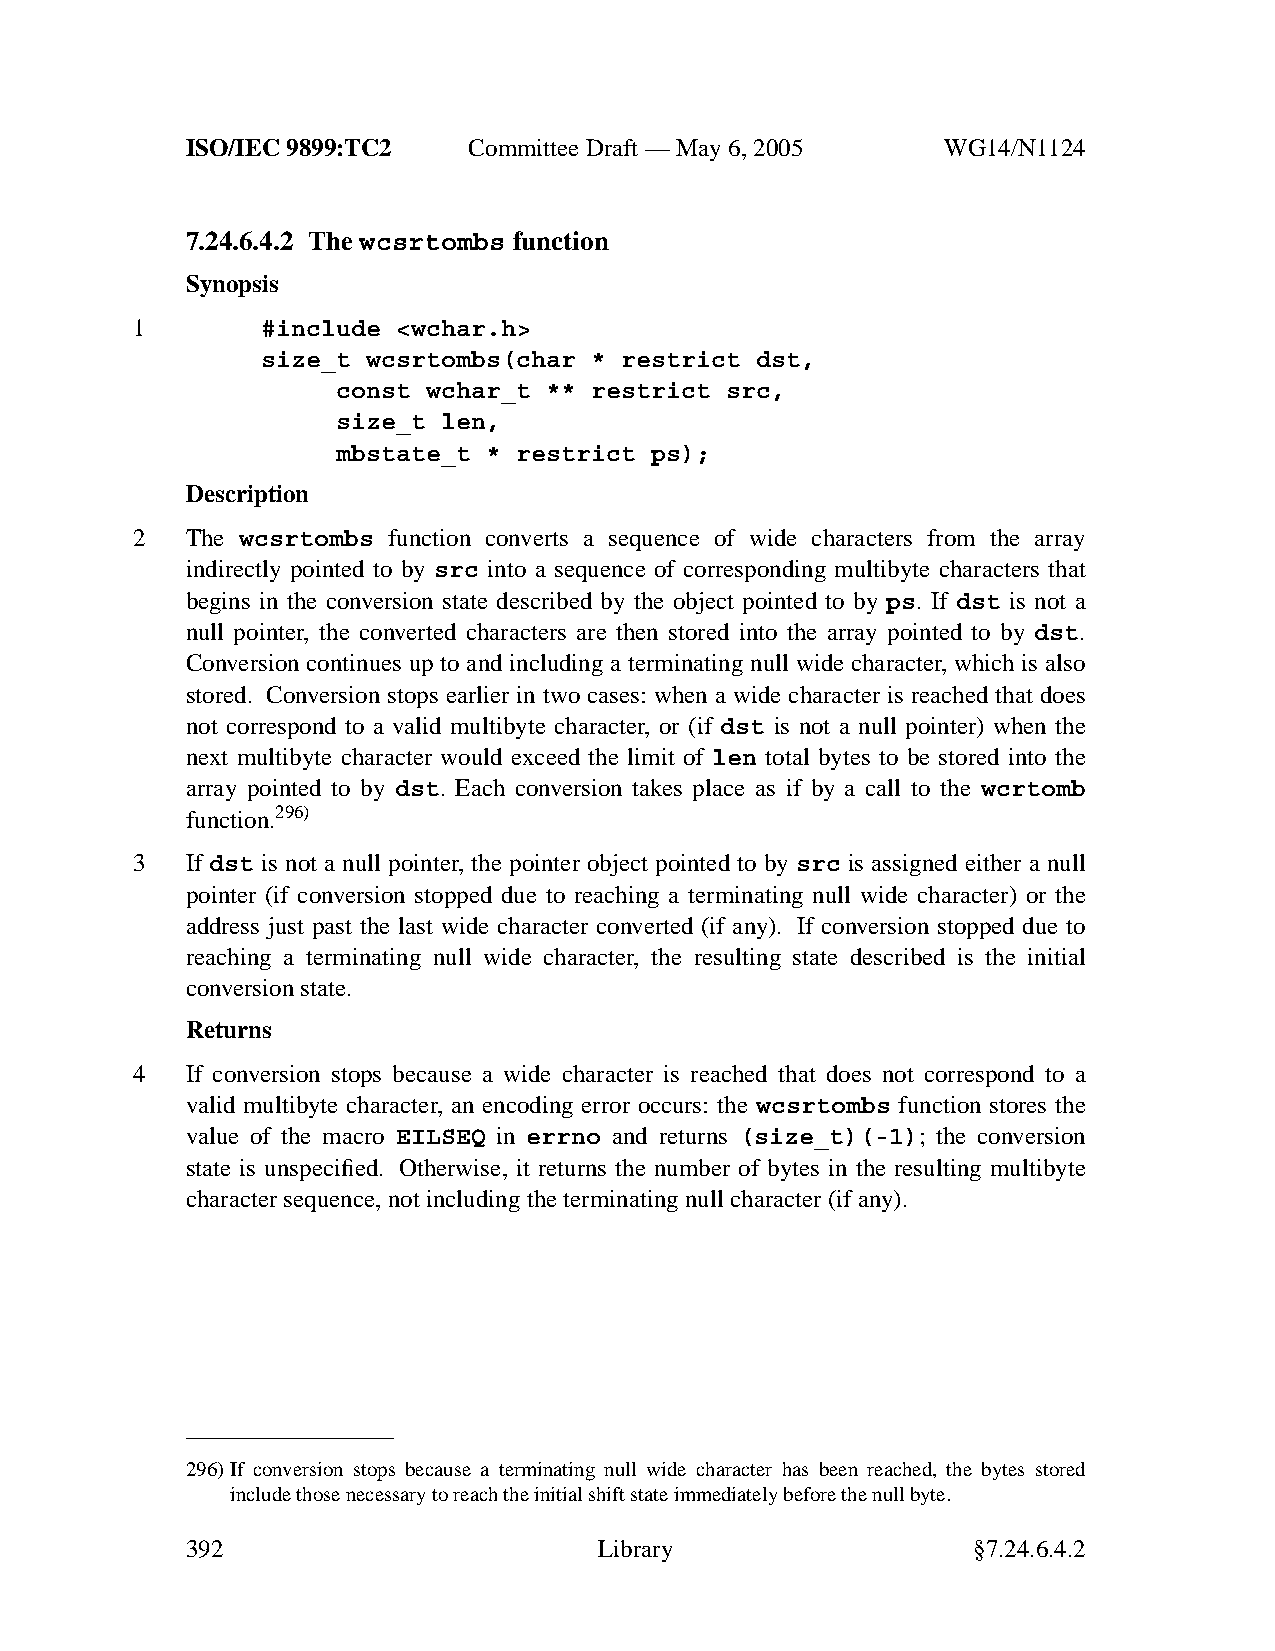
ISO/IEC 9899:TC2   Committee Draft — May 6, 2005   WG14/N1124
 7.24.6.4.2 The wcsrtombs function
 Synopsis
 1       #include <wchar.h>
 size_t wcsrtombs(char * restrict dst,
 const wchar_t ** restrict src,
 size_t len,
 mbstate_t * restrict ps);
 Description
 2  The wcsrtombs function converts a sequence of wide characters from the array
 indirectly pointed to by src into a sequence of corresponding multibyte characters that
 begins in the conversion state described by the object pointed to by ps. If dst is not a
 null pointer, the converted characters are then stored into the array pointed to by dst.
 Conversion continues up to and including a terminating null wide character, which is also
 stored. Conversion stops earlier in two cases: when a wide character is reached that does
 not correspond to a valid multibyte character, or (if dst is not a null pointer) when the
 next multibyte character would exceed the limit of len total bytes to be stored into the
 array pointed to by dst. Each conversion takes place as if by a call to the wcrtomb
 function.296)
 3  If dst is not a null pointer, the pointer object pointed to by src is assigned either a null
 pointer (if conversion stopped due to reaching a terminating null wide character) or the
 address just past the last wide character converted (if any). If conversion stopped due to
 reaching a terminating null wide character, the resulting state described is the initial
 conversion state.
 Returns
 4  If conversion stops because a wide character is reached that does not correspond to a
 valid multibyte character, an encoding error occurs: the wcsrtombs function stores the
 value of the macro EILSEQ in errno and returns (size_t)(-1); the conversion
 state is unspecified. Otherwise, it returns the number of bytes in the resulting multibyte
 character sequence, not including the terminating null character (if any).
 296)If conversion stops because a terminating null wide character has been reached, the bytes stored
 include those necessary to reach the initial shift state immediately before the null byte.
 392                         Library                 §7.24.6.4.2